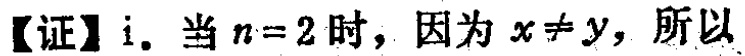
【证】i. 当\(n = 2\)时，因为\(x\neq y\)，所以